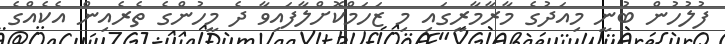
ފުލުހުން ބުނީ މިއަދުގެ މާރާމާރީގައި މި ޒަހަމްކޮށްލާފައިވާ ދެ މީހުންގެ ތެރެއިން އެކެއްގެ